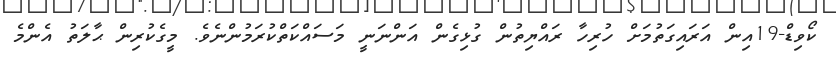
ކޯވިޑް-19އިން އަރައިގަތުމަށް ހުރިހާ ރައްޔިތުން ގުޅިގެން އަންނަނީ މަސައްކަތްކުރަމުންނެވެ. މީގެކުރިން ޙާލަތު އެންމެ